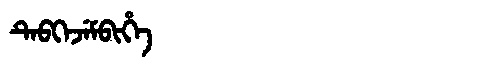
Manchu: ᡨᡝᠪᡴᡝᠵᡝᠮᠪᡳᡥᡝ
Romanization: TEBKEJEMBIHE